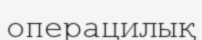
операцилық